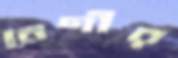
বেণীর